Indian Medical Review
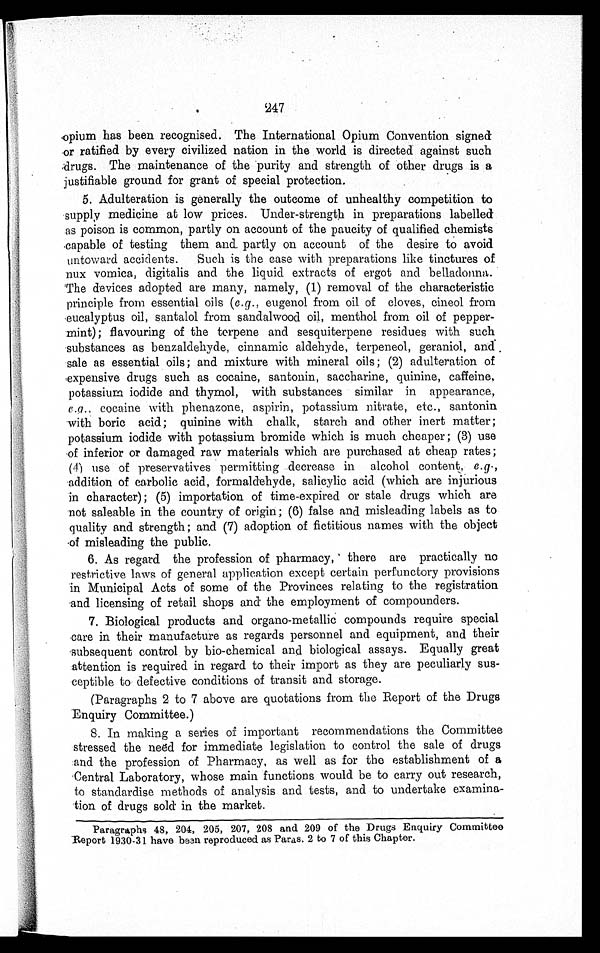
247
opium has been recognised. The International Opium Convention signed
or ratified by every civilized nation in the world is directed against such
drugs. The maintenance of the purity and strength of other drugs is a
justifiable ground for grant of special protection.
5. Adulteration is generally the outcome of unhealthy competition to
supply medicine at low prices. Under-strength in preparations labelled
as poison is common, partly on account of the paucity of qualified chemists
capable of testing them and partly on account of the desire to avoid
untoward accidents. Such is the case with preparations like tinctures of
nux vomica, digitalis and the liquid extracts of ergot and belladonna.
The devices adopted are many, namely, (1) removal of the characteristic
principle from essential oils (e.g., eugenol from oil of cloves, cineol from
eucalyptus oil, santalol from sandalwood oil, menthol from oil of pepper
-mint); flavouring of the terpene and sesquiterpene residues with such
substances as benzaldehyde, cinnamic aldehyde, terpeneol, geraniol, and
sale as essential oils; and mixture with mineral oils; (2) adulteration of
expensive drugs such as cocaine, santonin, saccharine, quinine, caffeine,
potassium iodide and thymol, with substances similar in appearance,
e.g., cocaine with phenazone, aspirin, potassium nitrate, etc., santonin
with boric acid; quinine with chalk, starch and other inert matter;
potassium iodide with potassium bromide which is much cheaper ; (3) use
of inferior or damaged raw materials which are purchased at cheap rates ;
(4) use of preservatives permitting decrease in alcohol content, e.g.,
addition of carbolic acid, formaldehyde, salicylic acid (which are injurious
in character); (5) importation of time-expired or stale drugs which are
not saleable in the country of origin; (6) false and misleading labels as to
quality and strength; and (7) adoption of fictitious names with the object
.of misleading the public.
6. As regard the profession of pharmacy, there are practically no
restrictive laws of general application except certain perfunctory provisions
'in Municipal Acts of some of the Provinces relating to the registration
.and licensing of retail shops and the employment of compounders.
7. Biological products and organo-metallic compounds require special
care in their manufacture as regards personnel and equipment, and their
subsequent control by bio-chemical and biological assays. Equally great
attention is required in regard to their import as they are peculiarly sus
ceptible to defective conditions of transit and storage.
(Paragraphs 2 to 7 above are quotations from the Report of the Drugs
Enquiry Committee.)
8. In making a series of important recommendations the Committee
stressed the need for immediate legislation to control the sale of drugs
:and the profession of Pharmacy, as well as for the establishment of a
'Central Laboratory, whose main functions would be to carry out research,
to standardise methods of analysis and tests, and to undertake examina
tion of drugs sold in the market.
Paragraphs 48, 204, 205, 207, 208 and 209 of the Drugs Enquiry Committee
Report 1930.31 have been reproduced as Paras. 2 to 7 of this Chapter.